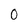
Character: 0